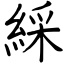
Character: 綵